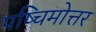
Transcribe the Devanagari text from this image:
पष्चिमोत्तर